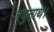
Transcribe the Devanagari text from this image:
रघुनाथ।